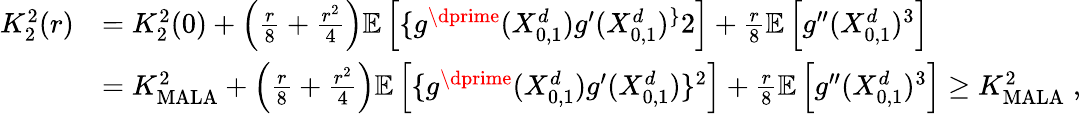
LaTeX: \begin{array}{rl}{K_{2}^{2}(r)}&{=K_{2}^{2}(0)+\left(\frac{r}{8}+\frac{r^{2}}{4}\right)\mathbb{E}\left[\{ g^{\dprime}(X_{0,1}^{d})g^{\prime}(X_{0,1}^{d})^{\} }2\right]+\frac{r}{8}\mathbb{E}\left[g^{\prime\prime}(X_{0,1}^{d})^{3}\right]}\\ &{=K_{\textrm{MALA}}^{2}+\left(\frac{r}{8}+\frac{r^{2}}{4}\right)\mathbb{E}\left[\{ g^{\dprime}(X_{0,1}^{d})g^{\prime}(X_{0,1}^{d})\} ^{2}\right]+\frac{r}{8}\mathbb{E}\left[g^{\prime\prime}(X_{0,1}^{d})^{3}\right]\geq K_{\textrm{MALA}}^{2}\; ,}\end{array}